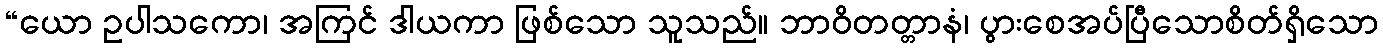
“ယော ဥပါသကော၊ အကြင် ဒါယကာ ဖြစ်သော သူသည်။ ဘာဝိတတ္တာနံ၊ ပွားစေအပ်ပြီသောစိတ်ရှိသော